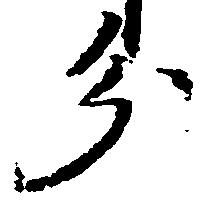
分